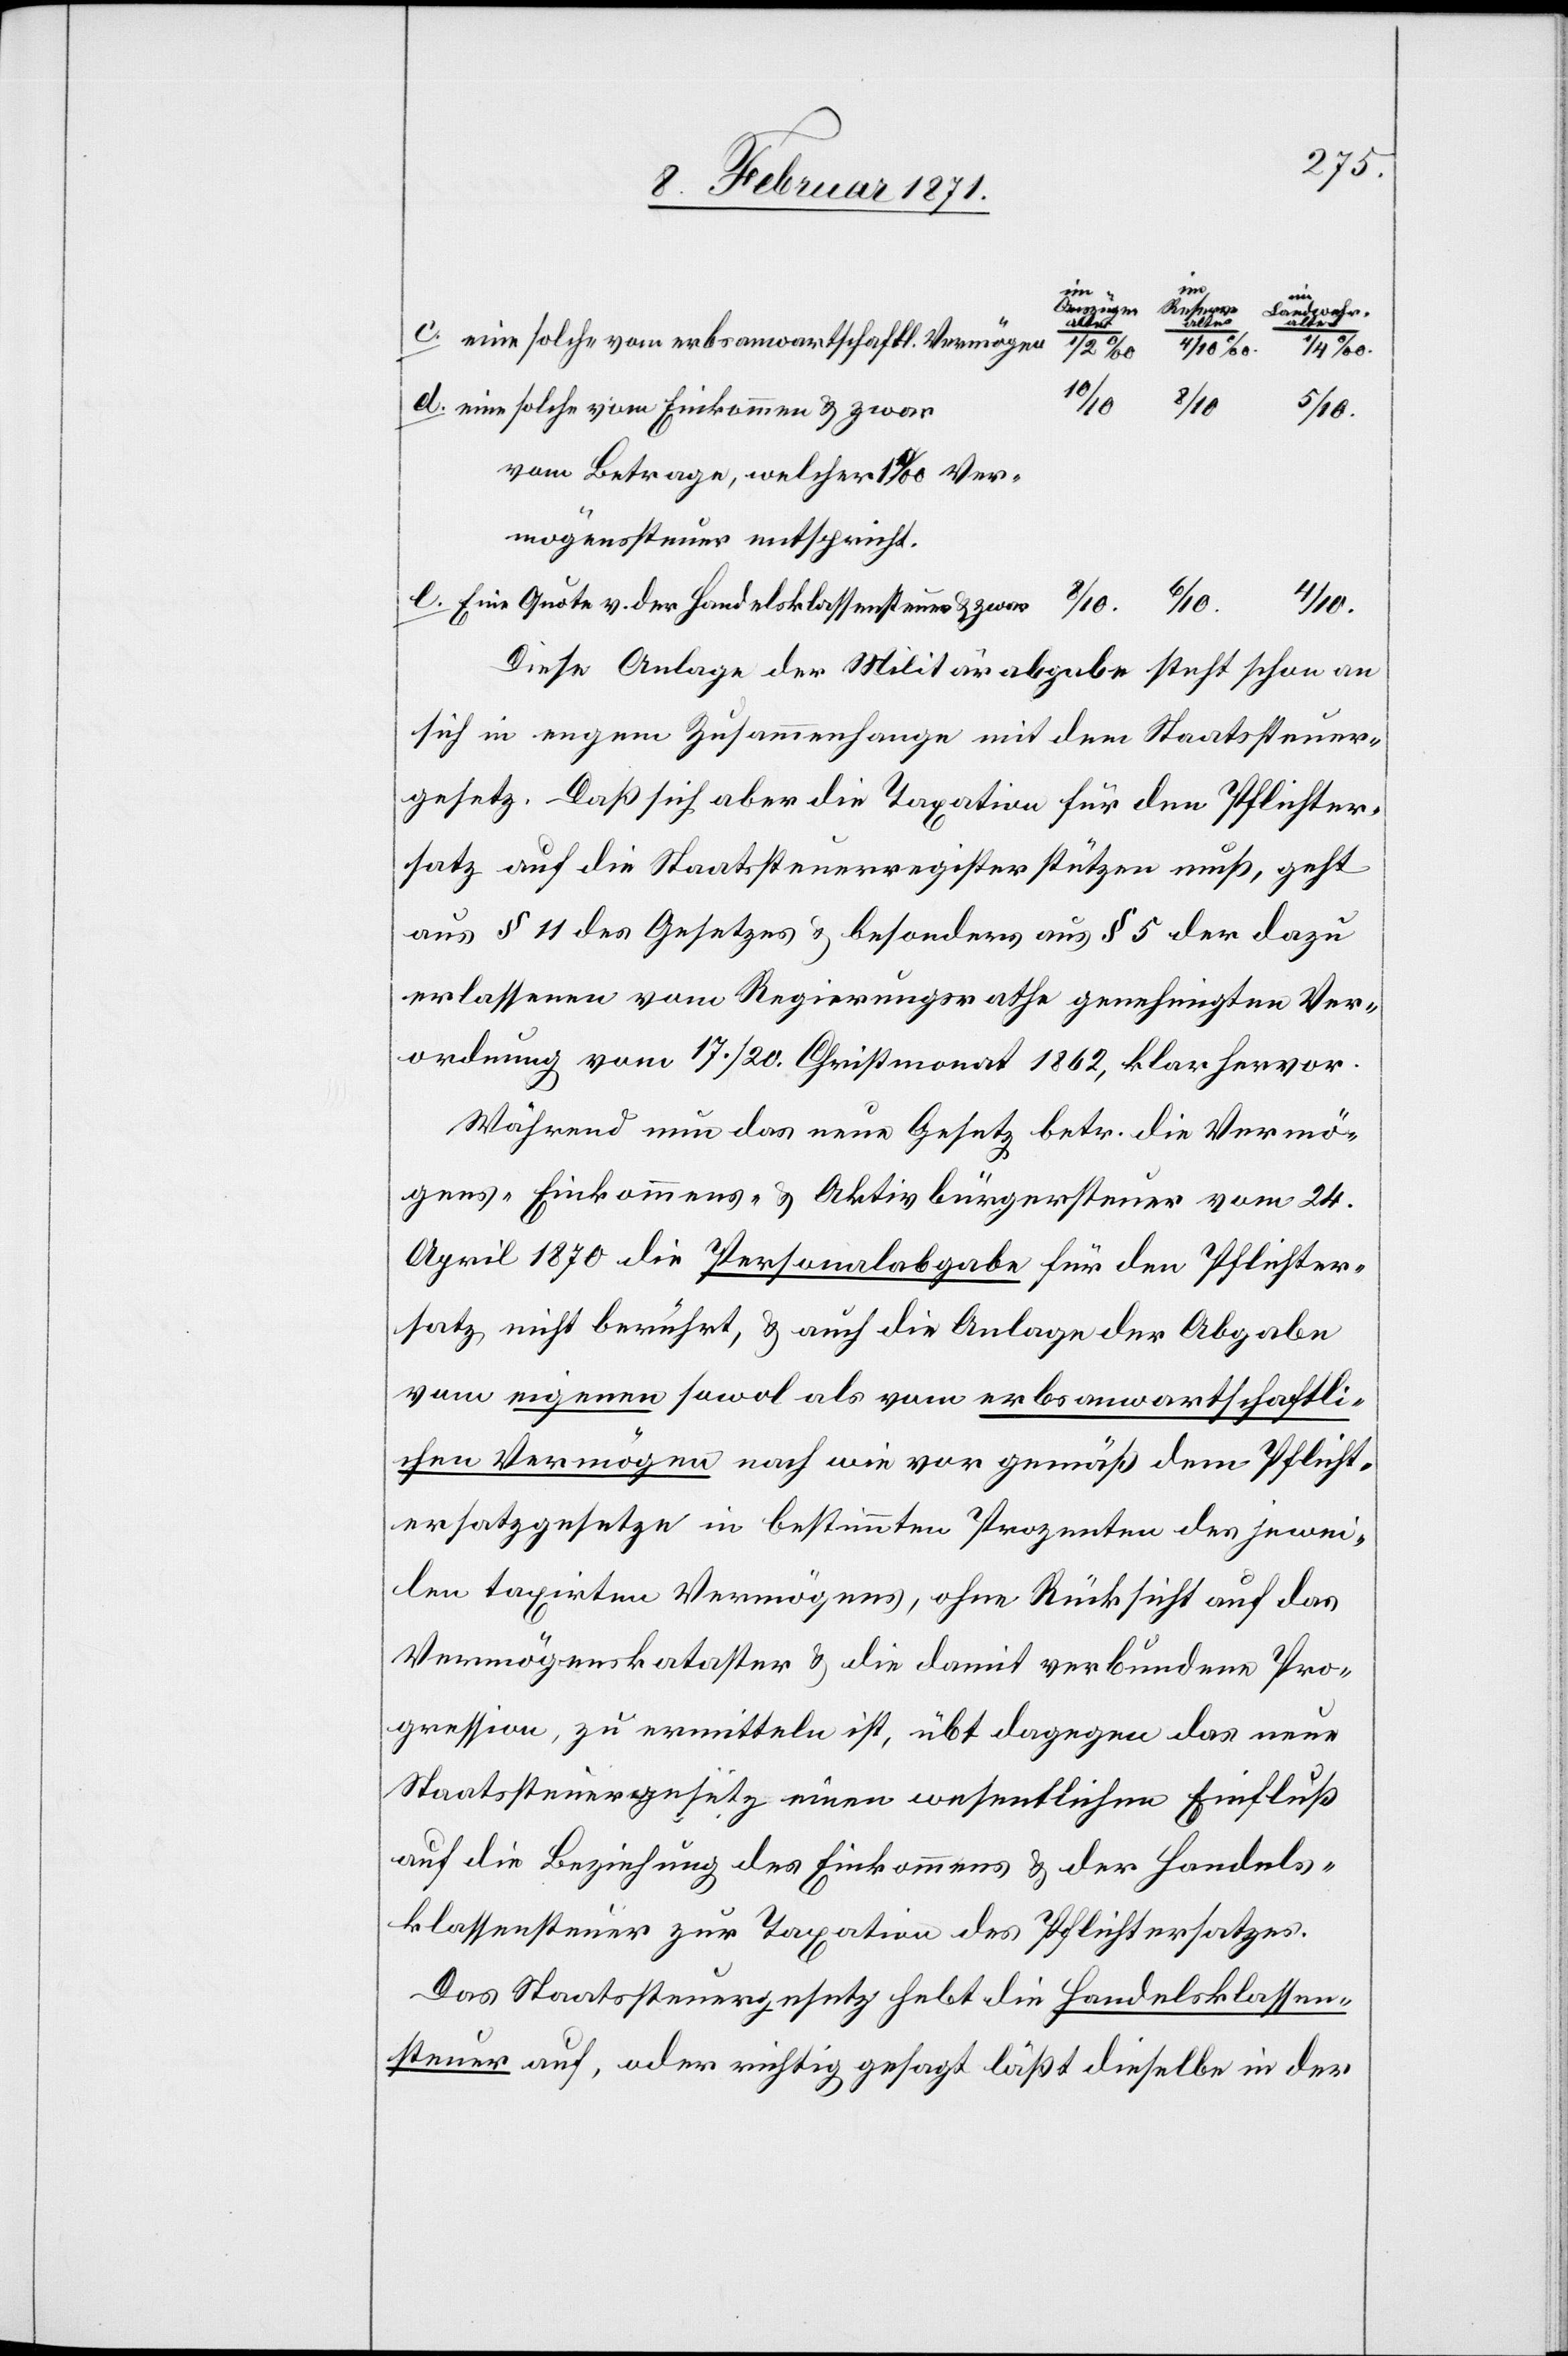
e.
eine solche vom erbsanwartschaftl. Vermögen
eine solche von Einkommen u. zwar
vom Betrage, welcher 1‰ Ver-
mögenssteuer entspricht.
Eine Quote v. der Handelsklassensteuer u. zwar
Diese Anlage der Militärabgabe steht schon an
sich in engem Zusammenhange mit dem Staatssteuer¬
gesetz. Daß sich aber die Taxation für den Pflichter¬
satz auf die Staatssteuerregister stützen muß, geht
aus § 11 des Gesetzes u. besonders aus § 5 der dazu
erlassenen vom Regierungsrathe genehmigten Ver¬
ordnung vom 17. / 20. Christmonat 1862, klar hervor.
Während nun das neue Gesetz betr. die Vermö¬
gens-[,] Einkommens-[,] u. Aktivbürgersteuer vom 24.
April 1870 die Personalabgabe für den Pflichter¬
satz nicht berührt, u. auch die Anlage der Abgabe
vom eigenen sowol als vom erbsanwartschaftli¬
chen Vermögen nach wie vor gemäß dem Pflicht¬
ersatzgesetze in bestimmten Prozenten der jewei¬
len taxirten Vermögens, ohne Rücksicht auf das
Vermögenkataster u. die damit verbundene Pro¬
gression, zu ermitteln ist, übt dagegen das neue
Staatssteuergesetz einen wesentlichen Einfluß
auf die Beziehung des Einkommens u. der Handels¬
klassensteuer zur Taxation des Pflichtersatzes.
Das Staatssteuergesetz hebt die Handelsklassen¬
steuer auf, oder richtig gesagt läßt dieselbe in der